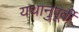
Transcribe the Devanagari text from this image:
यथानुपूर्वी